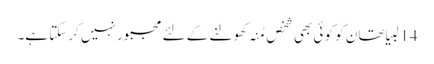
14 لبیا تھان کو کو ئی بھی شخص مُنہ کھولنے کے لئے مجبور نہیں کرسکتا ہے۔